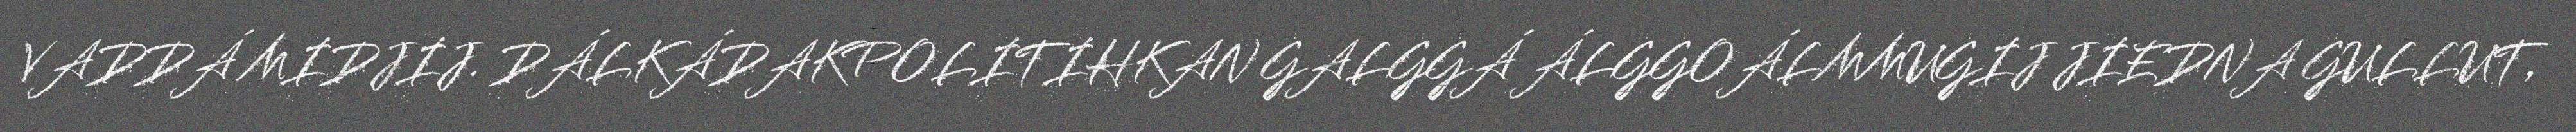
VADDÁ MIDJIJ. DÁLKÁDAKPOLITIHKAN GALGGÁ ÁLGGOÁLMMUGIJ JIEDNA GULLUT,